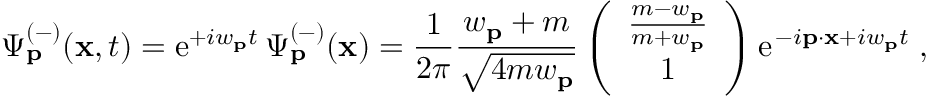
\Psi _ { { \bf p } } ^ { ( - ) } ( { \bf x } , t ) = \mathrm { e } ^ { + i w _ { { \bf p } } t } \, \Psi _ { { \bf p } } ^ { ( - ) } ( { \bf x } ) = \frac { 1 } { { 2 \pi } } \frac { w _ { { \bf p } } + m } { \sqrt { 4 m w _ { { \bf p } } } } \left( \begin{array} { c } { { \frac { m - w _ { { \bf p } } } { m + w _ { { \bf p } } } } } \\ { { 1 } } \end{array} \right) \mathrm { e } ^ { \, - i { \bf p } \cdot { \bf x } + i w _ { { \bf p } } t } \; ,